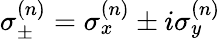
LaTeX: \sigma_{\pm}^{(n)}=\sigma_{x}^{(n)}\pm i\sigma_{y}^{(n)}